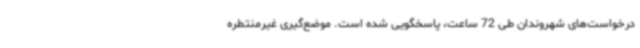
درخواست‌های شهروندان طی 72 ساعت، پاسخگویی شده است. موضع‌گیری غیرمنتطره